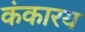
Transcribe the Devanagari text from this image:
कंकारय